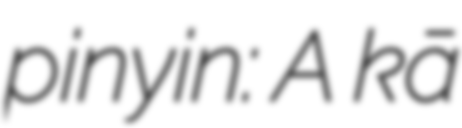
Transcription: pinyin: A kā